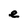
Character: e